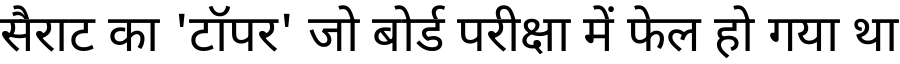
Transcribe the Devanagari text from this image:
सैराट का 'टॉपर' जो बोर्ड परीक्षा में फेल हो गया था